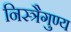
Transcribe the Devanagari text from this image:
निस्त्रैगुण्य